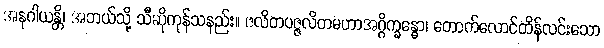
အနုဂါယန္တိ၊ အဘယ်သို့ သီဆိုကုန်သနည်း။ ဇလိတပဇ္ဇလိတမဟာအဂ္ဂိက္ခန္ဓော၊ တောက်လောင်ထိန်လင်းသော